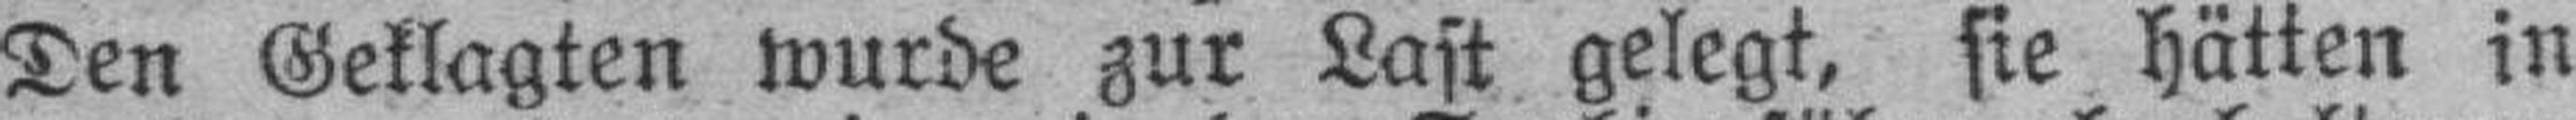
Den Geklagten wurde zur Last gelegt, sie hätten in